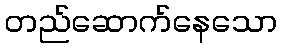
တည်ဆောက်နေသော